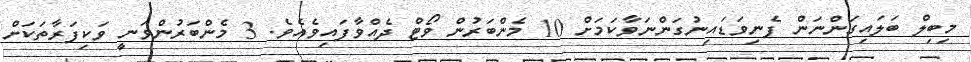
މިބިލް ބަލައިގަންނަން ފެނިވަޑައިނުގަންނަވާކަމަށް 10 މެންބަރުން ވޯޓް ދެއްވާފައިވެއެވެ. 3 މެންބަރުންވަނީ ވަކިފަރާތަކަށް